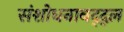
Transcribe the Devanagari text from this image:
संशोधनाबद्द्ल